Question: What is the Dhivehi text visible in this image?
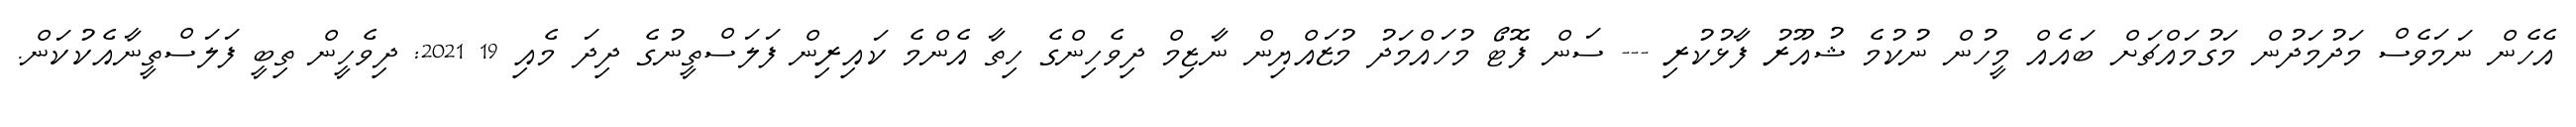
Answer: އެހެން ނަމަވެސް މަދުމަދުން މަގުމައްޗަށް ބައެއް މީހުން ނުކުމެ ޝުއޫރު ފާޅުކުރި --- ސަން ފޮޓޯ މުހައްމަދު މުޒައްޔިން ނާޒިމް ދިވެހިންގެ ހިތާ އެންމެ ކައިރިން ފަލަސްތީނުގެ ދިދަ މެއި 19 2021: ދިވެހީން ތިބީ ފަލަސްތީނާއެކުކަން.